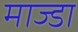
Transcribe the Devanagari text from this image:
माज्डा